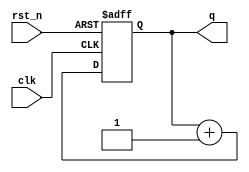
`timescale 1ns / 1ps
//////////////////////////////////////////////////////////////////////////////////
// Company: 
// Engineer: 
// 
// Design Name: 
// Module Name: binupcnt
// Project Name: 
// Target Devices: 
// Tool Versions: 
// Description: 
// 
// Dependencies: 
// 
// Revision:
// Revision 0.01 - File Created
// Additional Comments:
// 
//////////////////////////////////////////////////////////////////////////////////
`define CNT_BIT_WIDTH 4

module binupcnt(
    q,// output
    clk, //global clock
    rst_n //active low reset
    );
    
    output [`CNT_BIT_WIDTH-1:0]q;
    input clk;
    input rst_n;
    
    reg [`CNT_BIT_WIDTH-1:0]q;
    reg[`CNT_BIT_WIDTH-1:0]q_tmp;
    
    //combinational logics
    always@*
        q_tmp = q + 1'b1;
    
    //sequential logics
    always@(posedge clk or negedge rst_n)
        if (~rst_n) q<=`CNT_BIT_WIDTH'd0;
        else q<=q_tmp;
    
endmodule